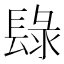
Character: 𨲒